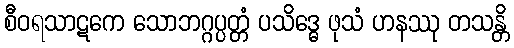
စီဝရသာဋကေ သောဘဂ္ဂပ္ပတ္တံ ပသိဒ္ဓေ ဖုသံ ဟနဿု တသန္တိ